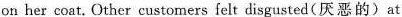
on her coat. Other customers felt disgusted (厌恶的) at